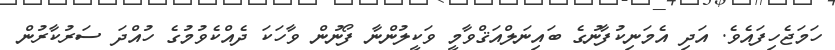
ހަމަޖެހިފައެވެ. އަދި އެމަނިކުފާނުގެ ބައިނަލްއަޤްވާމީ ވަކީލުންނާ ފޯނުން ވާހަކަ ދެއްކެވުމުގެ ހުއްދަ ސަރުކާރުން